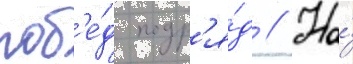
поб'е́д подр'я́д // На́